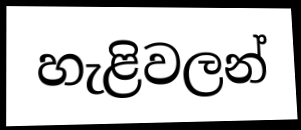
හැළිවලන්